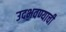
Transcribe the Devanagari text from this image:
उदभवण्याची